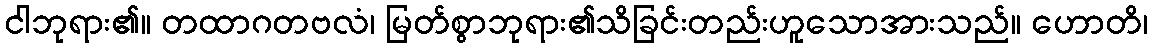
ငါဘုရား၏။ တထာဂတဗလံ၊ မြတ်စွာဘုရား၏သိခြင်းတည်းဟူသောအားသည်။ ဟောတိ၊